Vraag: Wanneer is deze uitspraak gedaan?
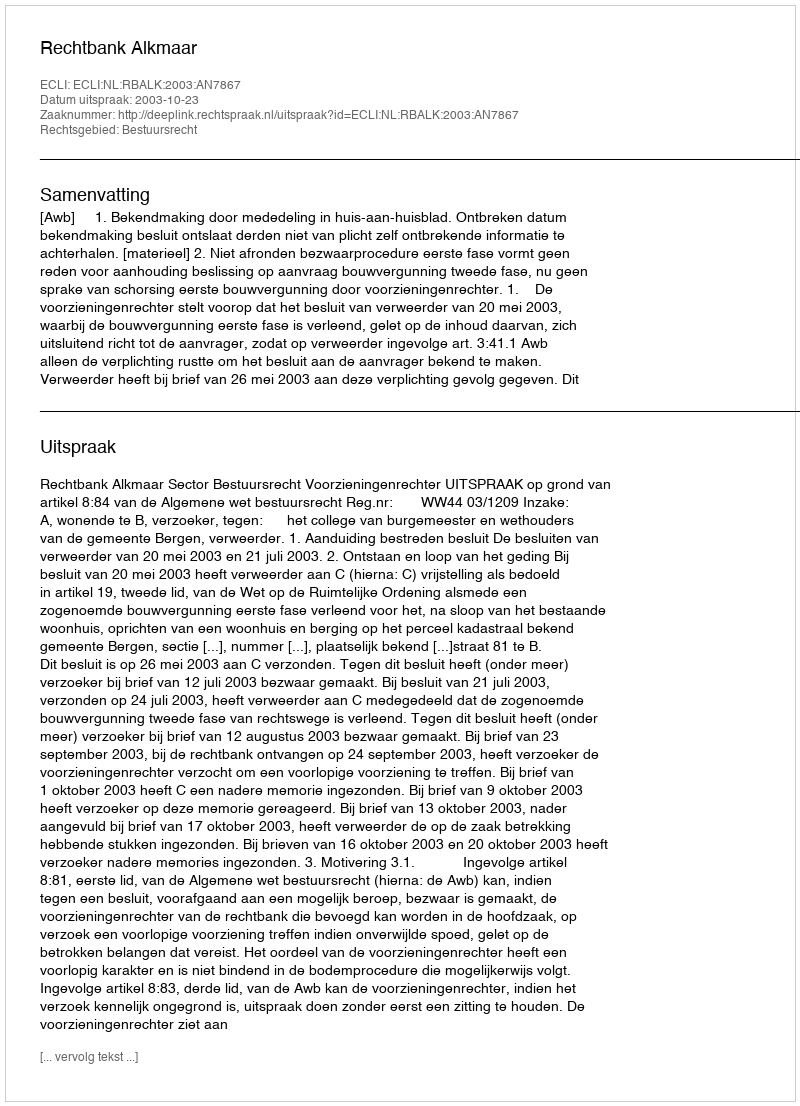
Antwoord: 2003-10-23